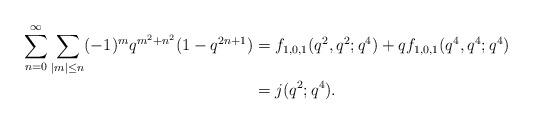
LaTeX: \begin{align*}\sum_{n=0}^\infty \sum_{|m|\leq n}(-1)^{m}q^{m^2+n^2}(1-q^{2n+1}) &= f_{1,0,1}(q^2,q^2;q^4)+qf_{1,0,1}(q^4,q^4;q^4)\\&=j(q^2;q^4).\end{align*}